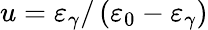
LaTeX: u=\varepsilon_{\gamma}/\left(\varepsilon_{0}-\varepsilon_{\gamma}\right)